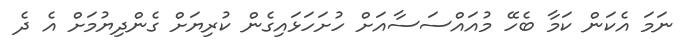
ނަމަ އެކަން ކަމާ ބެހޭ މުއައްސަސާއަށް ހުށަހަޅައިގެން ކުރިޔަށް ގެންދިޔުމަށް އެ ދެ